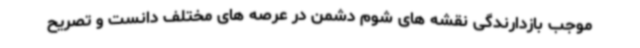
موجب بازدارندگی نقشه های شوم دشمن در عرصه های مختلف دانست و تصریح